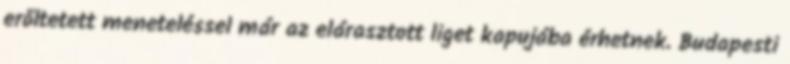
erőltetett meneteléssel már az elárasztott liget kapujába érhetnek. Budapesti